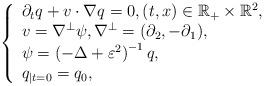
LaTeX: \begin{align*}\left\{ \begin{array}{l}\partial _{t}q+v\cdot \nabla q=0, (t,x)\in \mathbb{R} _+\times \mathbb{R} ^2,\\v=\nabla ^{\bot}\psi, \nabla^{\perp}=(\partial_{2}, -\partial_{1}),\\\psi =\left( -\Delta +\varepsilon ^2 \right) ^{-1}q,\\q_{\mid {t}=0}=q_0,\\\end{array} \right.\end{align*}